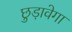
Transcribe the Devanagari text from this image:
छुड़ावेगा